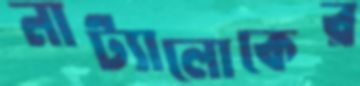
নাট্যালোকের